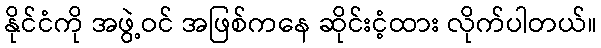
နိုင်ငံကို အဖွဲ့ဝင် အဖြစ်ကနေ ဆိုင်းငံ့ထား လိုက်ပါတယ်။